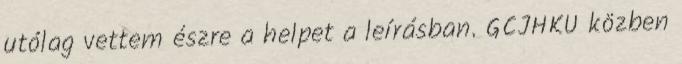
utólag vettem észre a helpet a leírásban. GCJHKU közben